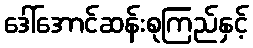
ဒေါ်အောင်ဆန်းစုကြည်နှင့်